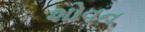
શોવન